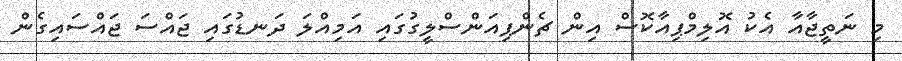
މި ނަތީޖާއާ އެކު އޮލިމްޕިއާކޮސް އިން ޗެންޕިއަންސްލީގުގައި އަމިއްލަ ދަނޑުގައި ޖައްސަ ޖައްސައިގެން